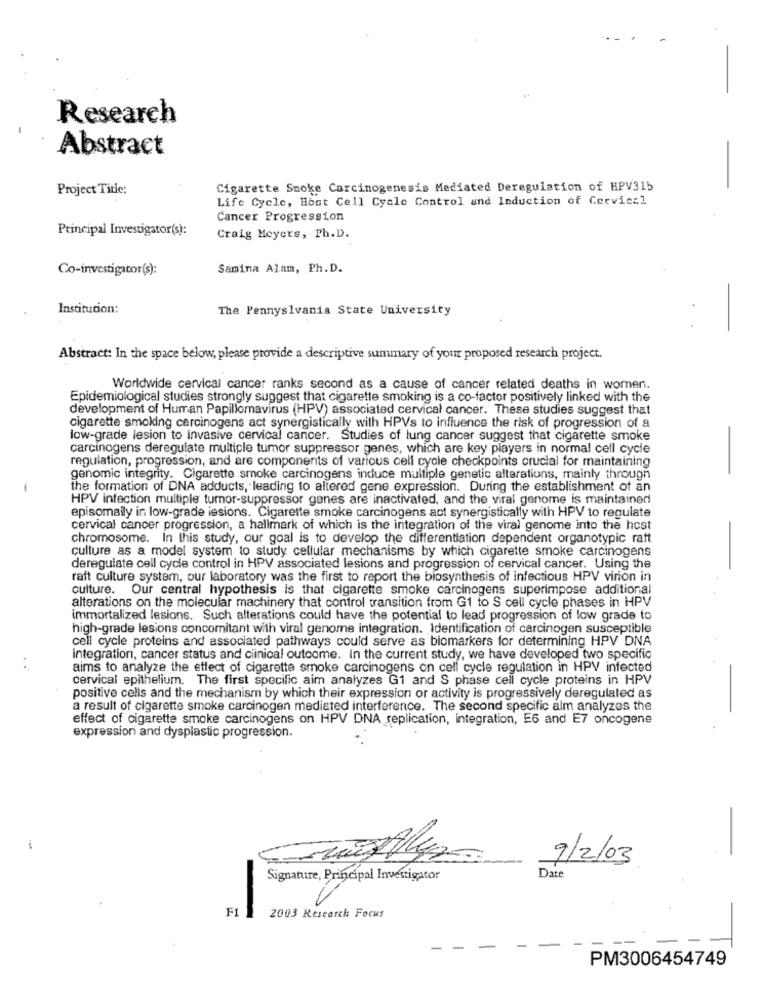
Research
Abstract
Project Title:
Cigarette Smoke Carcinogenesis Mediated Deregulation of HPV315
Life Cycle, Host Cell Cycle Control and Induction of Cervical
Cancer Progression
Principal Investigator(s):
Craig Meyers, Ph.D.
Co-investigator(s):
Samina Alam, Ph.D.
Institution:
The Pennyslvania State University
-
Abstract: In the space below, please provide a descriptive summary of your proposed research project.
Worldwide cervical cancer ranks second as a cause of cancer related deaths in women.
Epidemiological studies strongly suggest that cigarette smoking is a co-factor positively linked with the
development of Human Papillomavirus (HPV) associated cervical cancer. These studies suggest that
cigarette smoking carcinogens act synergistically with HPVs to influence the risk of progression of a
low-grade lesion to invasive cervical cancer. Studies of lung cancer suggest that cigarette smoke
-
carcinogens deregulate multiple tumor suppressor genes, which are key players in normal cell cycle
regulation, progression, and are components of various cell cycle checkpoints crucial for maintaining
genomic integrity. Cigarette smoke carcinogens induce multiple genetic alterations, mainly through
the formation of DNA adducts, leading to altered gene expression. During the establishment of an
HPV infection multiple tumor-suppressor genes are inactivated, and the viral genome is maintained
episomally in low-grade iesions. Cigarette smoke carcinogens act synergistically with HPV to regulate
cervical cancer progression, a hallmark of which is the integration of the viral genome into the host
chromosome. In this study, our goal is to develop the differentiation dependent organotypic ratt
culture as a model system to study cellular mechanisms by which cigarette smoke carcinogens
deregulate cell cycle control in HPV associated lesions and progression of cervical cancer. Using the
raft culture system, our laboratory was the first to report the biosynthesis of infectious HPV virion in
culture. Our central hypothesis is that cigarette smoke carcinogens superimpose additional
alterations on the molecular machinery that control transition from G1 to S cell cycle phases in HPV
immortalized lesions. Such alterations could have the potential to lead progression of low grade to
high-grade lesions concomitant with viral genome integration. Identification of carcinogen susceptible
cell cycle proteins and associated pathways could serve as biomarkers for determining HPV DNA
integration, cancer status and clinical outcome. In the current study, we have developed two specific
aims to analyze the effect of cigarette smoke carcinogens on cell cycle regulation in HPV infected
cervical epithelium. The first specific aim analyzes G1 and S phase cell cycle proteins in HPV
positive cells and the mechanism by which their expression or activity is progressively deregulated as
a result of cigarette smoke carcinogen mediated interference. The second specific alm analyzes the
effect of cigarette smoke carcinogens on HPV DNA replication, integration, E6 and E7 oncogene
-
expression and dysplastic progression.
-
9/2/03
Signature, Principal Investigator
Date
F1
2003 Research Focus
PM3006454749